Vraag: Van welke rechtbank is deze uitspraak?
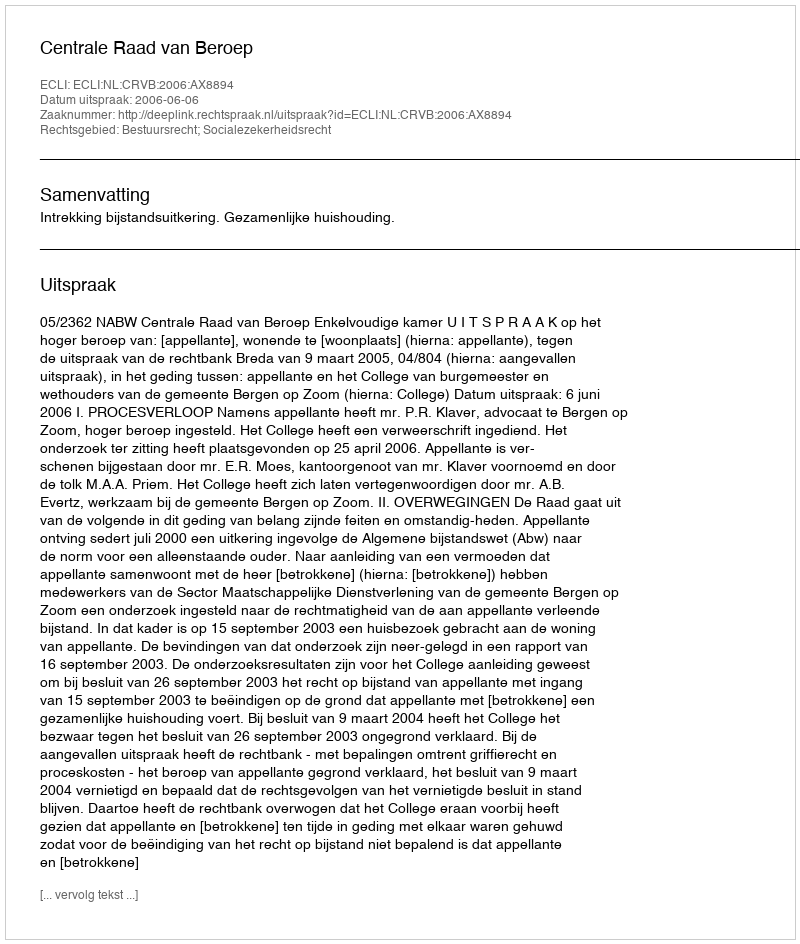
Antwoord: Centrale Raad van Beroep